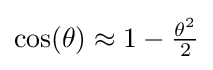
{\textstyle \cos(\theta )\approx 1-{\frac {\theta ^{2}}{2}}}